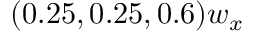
( 0 . 2 5 , 0 . 2 5 , 0 . 6 ) w _ { x }